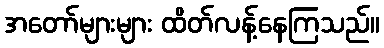
အတော်များများ ထိတ်လန့်နေကြသည်။